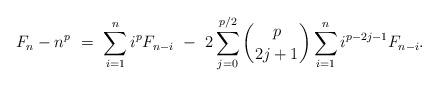
\begin{align*} F_n - n^p \ = \ \sum_{i=1}^{n} i^{p} F_{n-i} \ - \ 2\sum_{j=0}^{p/2} \binom{p}{2j+1} \sum_{i=1}^n i^{p-2j-1} F_{n-i}.\end{align*}